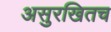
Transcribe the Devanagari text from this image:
असुरखितच